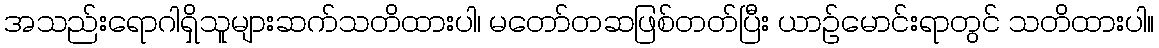
အသည်းရောဂါရှိသူများဆက်သတိထားပါ၊ မတော်တဆဖြစ်တတ်ပြီး ယာဉ်မောင်းရာတွင် သတိထားပါ။